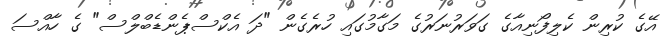
އޭގެ ކުރިން ކެލިފޯނިއާގެ ގަވަރުނަރުގެ މަގާމުގައި ހުރެގެން "ދަ އެކްސްޕެންޑެބްލްސް" ގެ ހާއްސަ